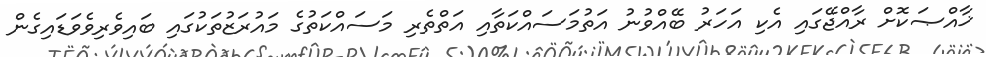
ޚާއްޞަކޮށް ރާއްޖޭގައި އެކި އަހަރު ބޭއްވުނު އަތުމަސައްކަތާއި އަތްތެރި މަސައްކަތުގެ މައުރަޒުތަކުގައި ބައިވެރިވެވަޑައިގެން